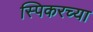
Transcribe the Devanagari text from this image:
स्पिकरच्या